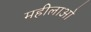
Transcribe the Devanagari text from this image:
महीलाओ